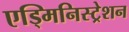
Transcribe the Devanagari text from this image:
एड्मिनिस्ट्रेशन